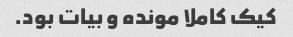
کیک کاملا مونده و بیات بود.